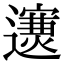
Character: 𨘄